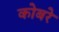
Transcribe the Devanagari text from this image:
कोबरे